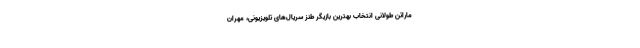
ماراتن طولانی انتخاب بهترین بازیگر طنز سریال‌های تلویزیونی، مهران